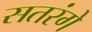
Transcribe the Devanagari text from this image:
सतरंगे